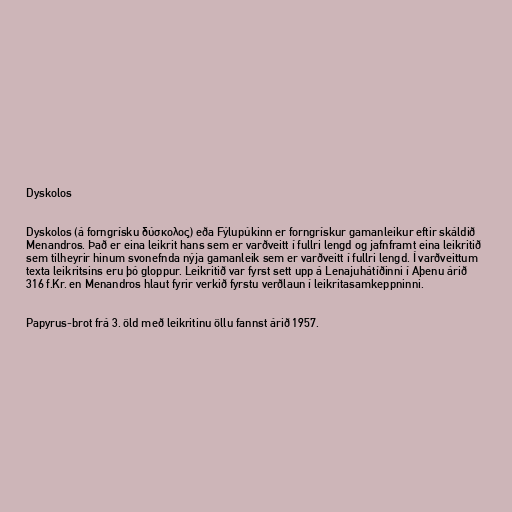
Dyskolos

Dyskolos (á forngrísku δύσκολος) eða Fýlupúkinn er forngrískur gamanleikur eftir skáldið
Menandros. Það er eina leikrit hans sem er varðveitt í fullri lengd og jafnframt eina leikritið
sem tilheyrir hinum svonefnda nýja gamanleik sem er varðveitt í fullri lengd. Í varðveittum
texta leikritsins eru þó gloppur. Leikritið var fyrst sett upp á Lenajuhátíðinni í Aþenu árið
316 f.Kr. en Menandros hlaut fyrir verkið fyrstu verðlaun í leikritasamkeppninni.

Papyrus-brot frá 3. öld með leikritinu öllu fannst árið 1957.